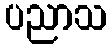
ပညာသ